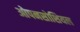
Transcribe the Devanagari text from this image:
ओपनसोशियल